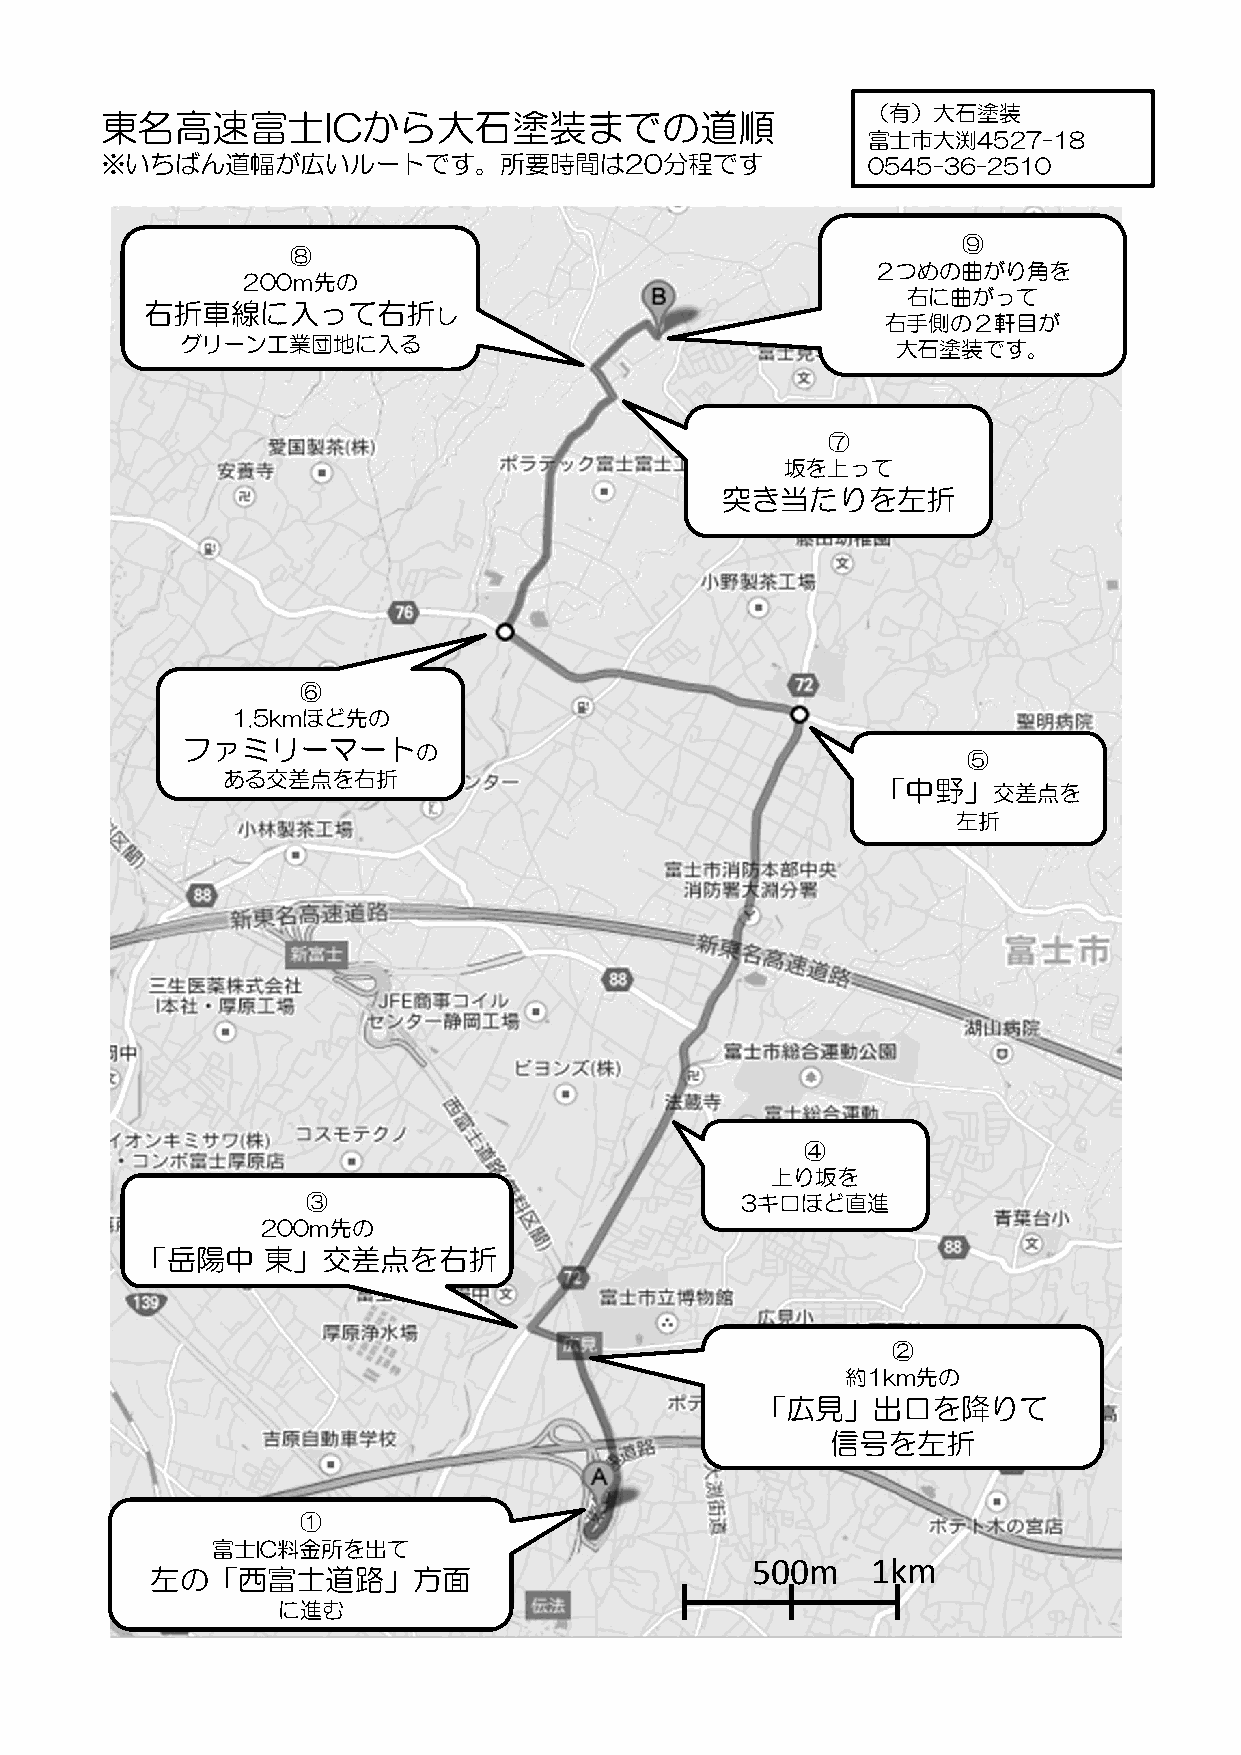
（有）大石塗装
 東名高速富士ICから大石塗装までの道順
 富士市大渕4527-18
 ※いちばん道幅が広いルートです。所要時間は20分程です                       0545-36-2510
 ⑨
 ⑧
 ２つめの曲がり角を
 200ｍ先の
 右に曲がって
 右折車線に入って右折し
 右手側の２軒目が
 グリーン工業団地に入る                                    大石塗装です。
 ⑦
 坂を上って
 突き当たりを左折
 ⑥
 1.5kmほど先の
 ファミリーマートの
 ⑤
 ある交差点を右折
 「中野」交差点を
 左折
 ④
 上り坂を
 ③                            3キロほど直進
 200m先の
 「岳陽中    東」交差点を右折
 ②
 約1km先の
 「広見」出口を降りて
 信号を左折
 ①
 富士IC料金所を出て
 500m    1km
 左の「西富士道路」方面
 に進む